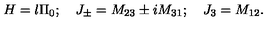
H = l \Pi _ { 0 } ; \quad J _ { \pm } = M _ { 2 3 } \pm i M _ { 3 1 } ; \quad J _ { 3 } = M _ { 1 2 } .